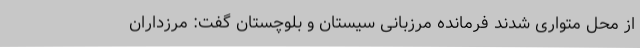
از محل متواری شدند فرمانده مرزبانی سیستان و بلوچستان گفت: مرزداران